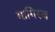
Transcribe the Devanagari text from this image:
मागिरज